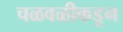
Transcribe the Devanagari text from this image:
चळवळीकडून